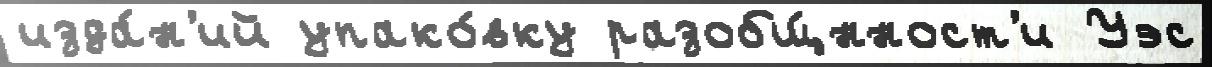
изда́н'ий упако́вку разобщ́нност'и Уэс